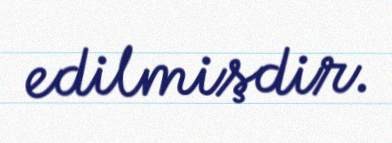
edilmişdir.